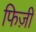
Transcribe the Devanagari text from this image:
फिज़ी